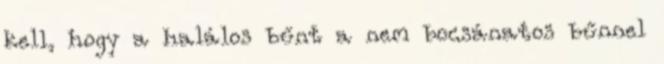
kell, hogy a halálos bűnt a nem bocsánatos bűnnel